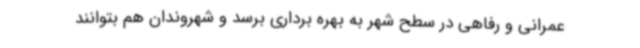
عمرانی و رفاهی در سطح شهر به بهره برداری برسد و شهروندان هم بتوانند